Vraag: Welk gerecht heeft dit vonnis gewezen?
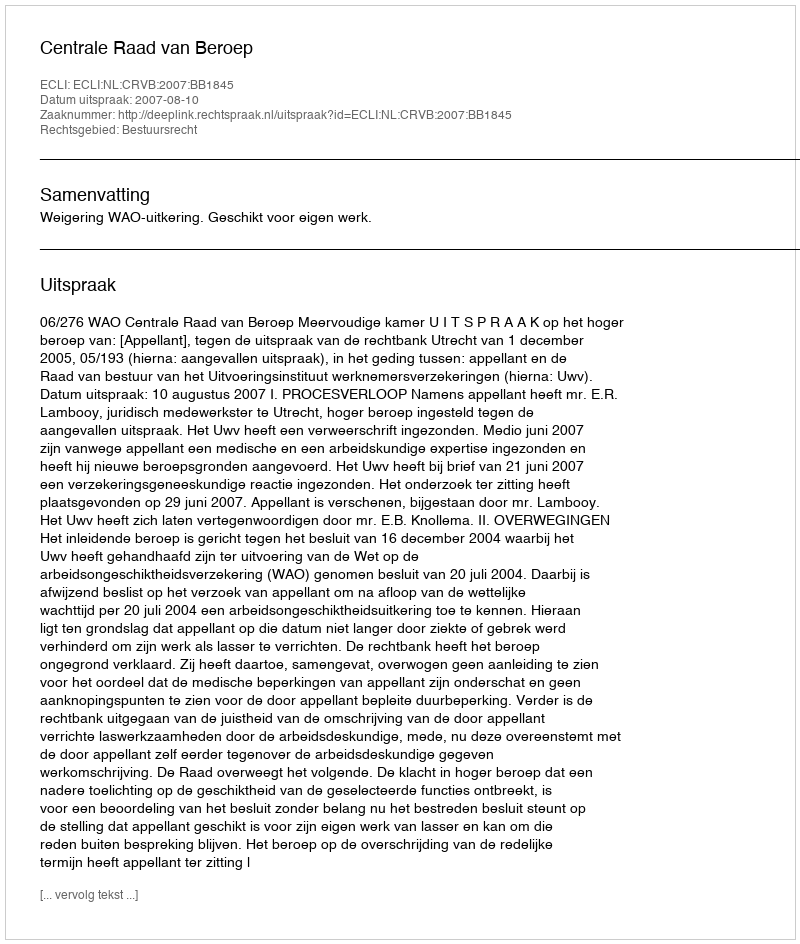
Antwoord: Centrale Raad van Beroep